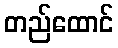
တည်ထောင်